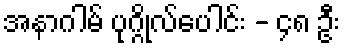
အနာဂါမ် ပုဂ္ဂိုလ်ပေါင်း - ၄၈ ဦး